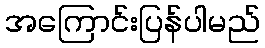
အကြောင်းပြန်ပါမည်